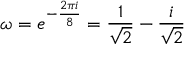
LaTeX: \omega = e ^ { - { \frac { 2 \pi i } { 8 } } } = { \frac { 1 } { \sqrt { 2 } } } - { \frac { i } { \sqrt { 2 } } }